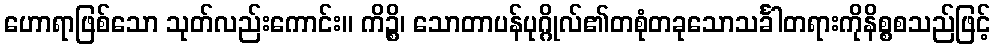
ဟောရာဖြစ်သော သုတ်လည်းကောင်း။ ကိဉ္စိ၊ သောတာပန်ပုဂ္ဂိုလ်၏တစုံတခုသောသင်္ခါတရားကိုနိစ္စစသည်ဖြင့်